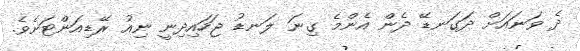
ދެ ވަނައަށް ދަގަނޑޭ ދެން އެންމެ ގިނަ ލަނޑު ޖަހައިދިނީ ނިއު ރޭޑިއަންޓަށެވެ.